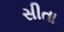
સીતા